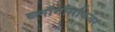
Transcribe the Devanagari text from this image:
ब्लॉगॉसफियर